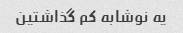
یه نوشابه کم گذاشتین